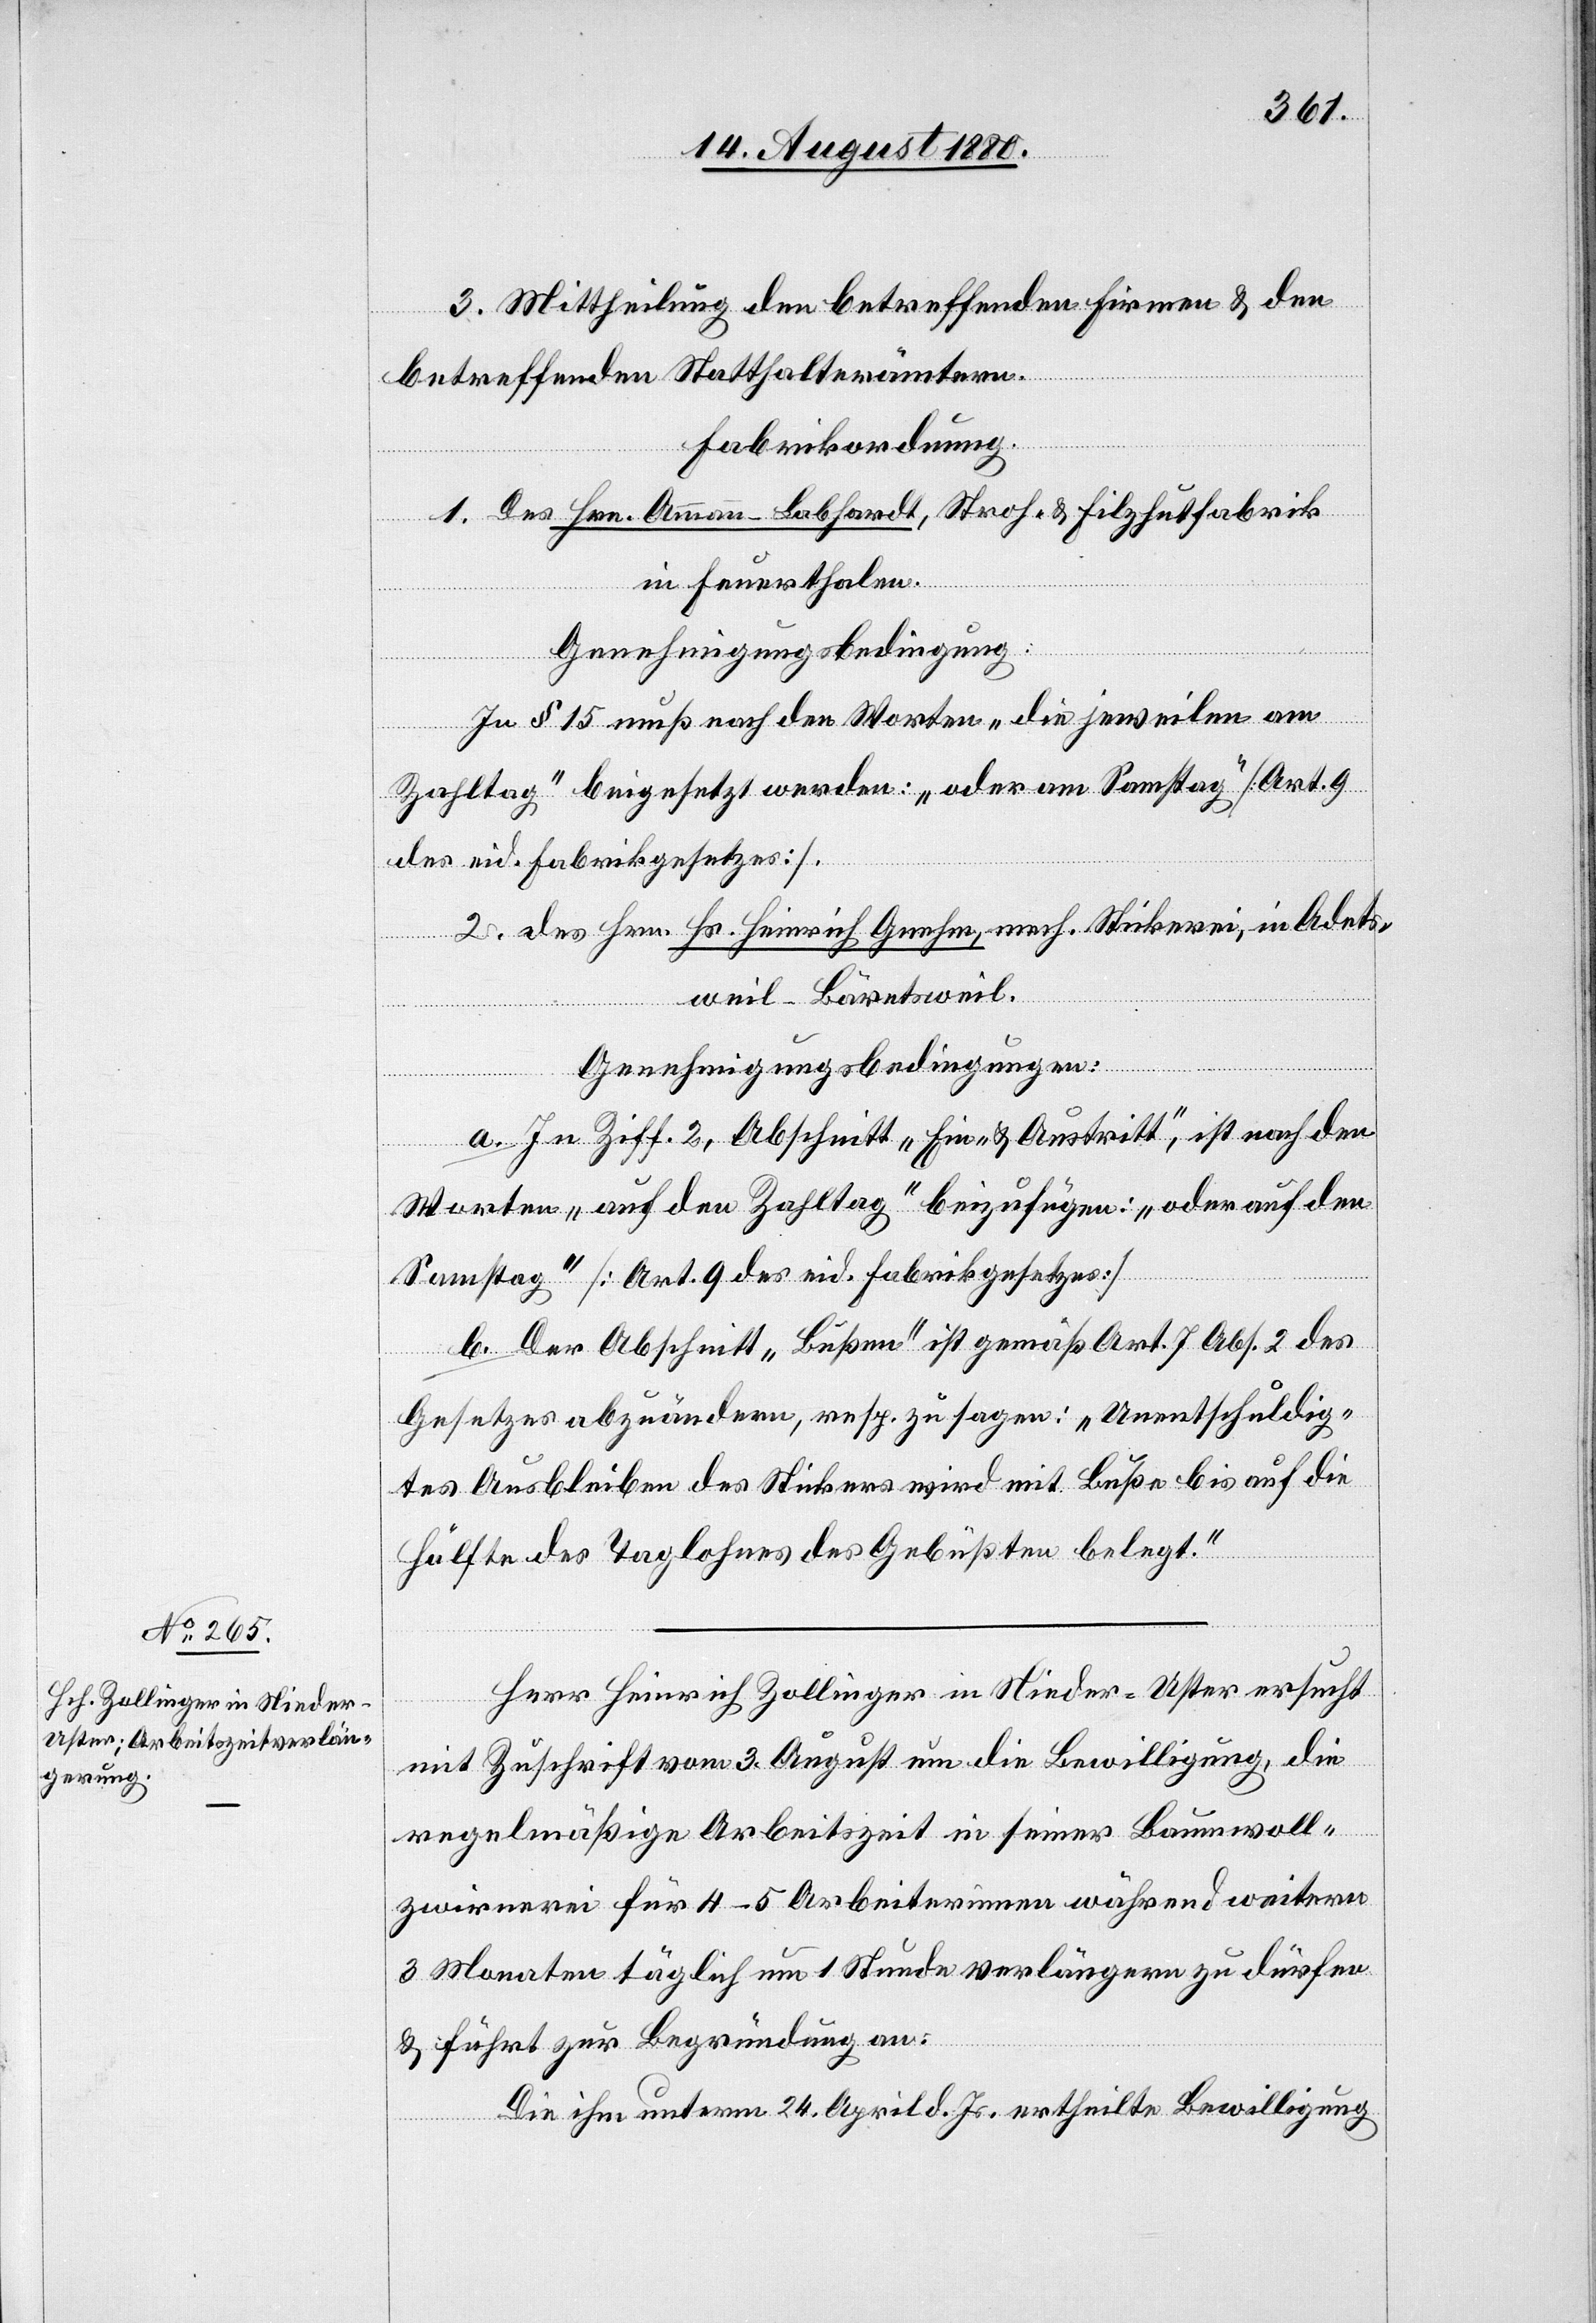
3. Mittheilung den betreffenden Firmen & den
betreffenden Statthalterämtern.
Fabrikordnung.
1. Des Hrn. Ammann-Labhardt, Stroh- & Filzhutfabrik
in Feuerthalen.
Genehmigungsbedingung:
In § 15 muß nach den Worten „die jeweilen am
Zahltag“ beigesetzt werden: „oder am Samstag“ [Art. 9
des eid. Fabrikgesetztes].
2. des Hrn. Hs. Heinrich Gnehm, mech. Stickerei, in Adets¬
weil - Bäretsweil.
Genehmigungsbedingungen:
a. In Ziff. 2, Abschnitt „Ein- & Austritt“, ist nach den
Worten „auf den Zahltag“ beizufügen: „oder auf den
Samstag“ [Art. 9 des eid. Fabrikgesetzes]
b. Der Abschnitt „Bußen“ ist gemäß Art. 7 Abs. 2 des
Gesetzes abzuändern, resp. zu sagen: „Unentschuldig¬
tes Ausbleiben des Stickers wird mit Buße bis auf die
Hälfte des Taglohnes des Gebüßten belegt.“
Herr Heinrich Zollinger in Nieder-Uster ersucht
mit Zuschrift vom 3. August um die Bewilligung, die
regelmäßige Arbeitszeit in seiner Baumwoll¬
zwirnerei für 4–5 Arbeiterinnen während weitern
3 Monaten täglich um 1 Stunde verlängern zu dürfen
& führt zur Begründung an:
Die ihm unterm 24. April d. Js. ertheilte Bewilligung